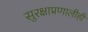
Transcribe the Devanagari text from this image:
सुरक्षाप्रणालीही